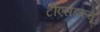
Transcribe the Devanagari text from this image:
टीएसडब्ल्यू